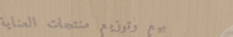
بيع وتوزيع منتجات العناية